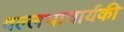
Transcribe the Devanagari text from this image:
वल्लभाचार्यकी